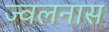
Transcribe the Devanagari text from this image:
ज्वलनास